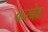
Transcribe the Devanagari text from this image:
करबेव